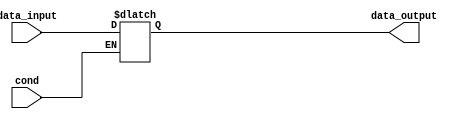
module simple_assign(
    input wire cond,
    input wire data_input,
    output reg data_output
);

always @(*) begin
    if(cond) begin
        data_output = data_input;
    end
end

endmodule